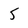
Character: 5